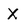
Character: X